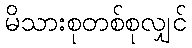
မိသားစုတစ်စုလျှင်